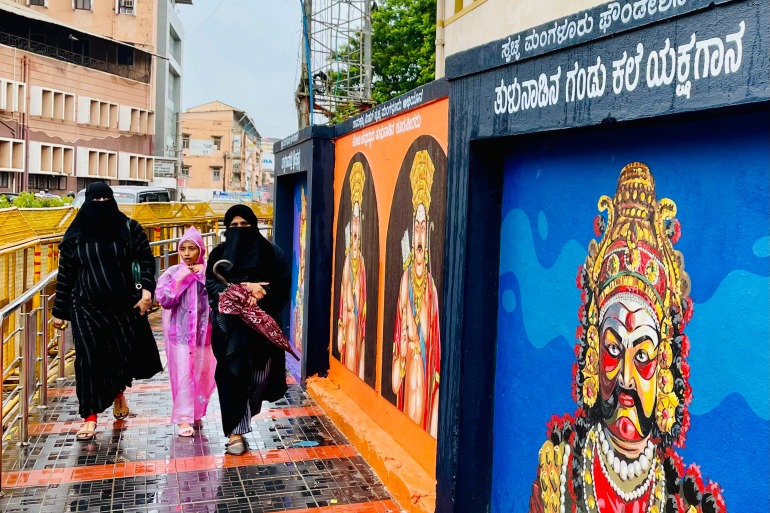
Language: kannada
Transcription: ಯಕ್ಷಗಾನ ತುಳುನಾಡಿನ